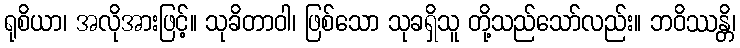
ရုစိယာ၊ အလိုအားဖြင့်။ သုခိတာဝါ၊ ဖြစ်သော သုခရှိသူ တို့သည်သော်လည်း။ ဘဝိဿန္တိ၊